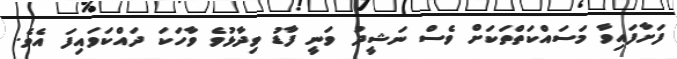
ފަށާފައިވާ މަސައްކަތްތަކަށް ވެސް ނަޝީދު ވަނީ ފާޑު ވިދާޅުވެ ވާހަކަ ދައްކަވައިފަ އެވެ.